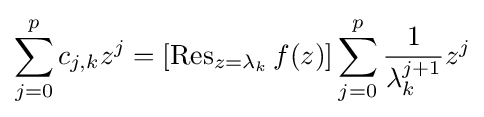
\sum _{j=0}^{p}c_{j,k}z^{j}=[\operatorname {Res} _{z=\lambda _{k}}f(z)]\sum _{j=0}^{p}{\frac {1}{\lambda _{k}^{j+1}}}z^{j}